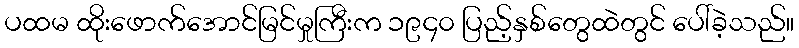
ပထမ ထိုးဖောက်အောင်မြင်မှုကြီးက ၁၉၄၀ ပြည့်နှစ်တွေထဲတွင် ပေါ်ခဲ့သည်။